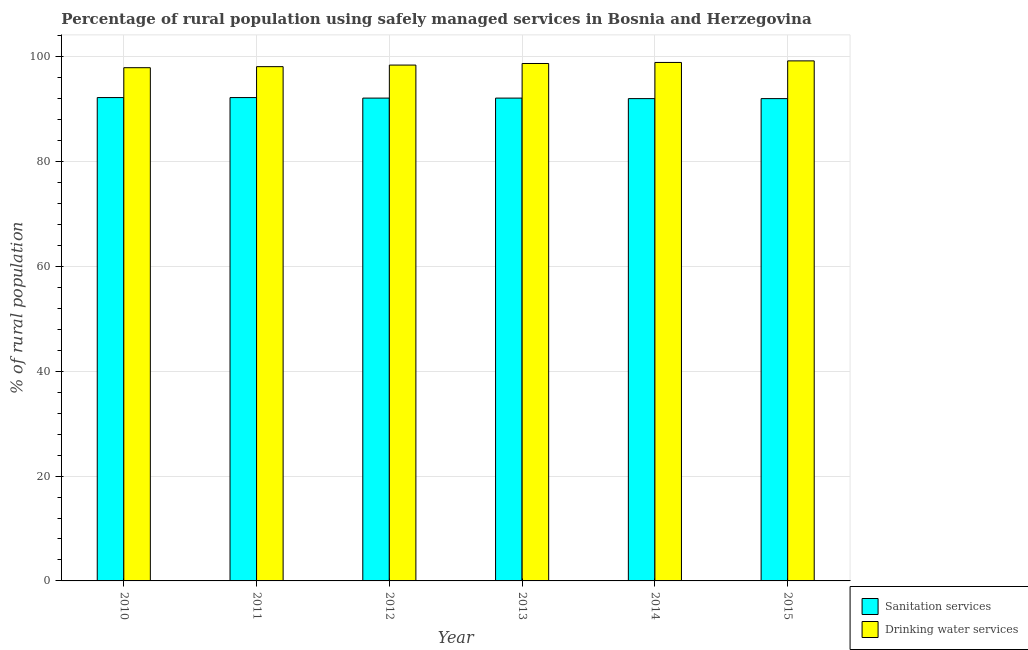
| Year | Sanitation services | Drinking water services |
 | --- | --- | --- |
 | 2010 | 92.2 | 97.9 |
 | 2011 | 92.2 | 98.1 |
 | 2012 | 92.1 | 98.4 |
 | 2013 | 92.1 | 98.7 |
 | 2014 | 92 | 98.9 |
 | 2015 | 92 | 99.2 |